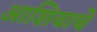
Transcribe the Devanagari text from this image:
आशियाचे